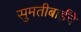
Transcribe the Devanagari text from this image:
सुमतीबाईंचे